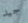
جيد